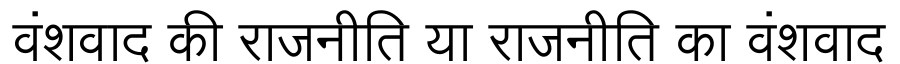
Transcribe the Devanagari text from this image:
वंशवाद की राजनीति या राजनीति का वंशवाद